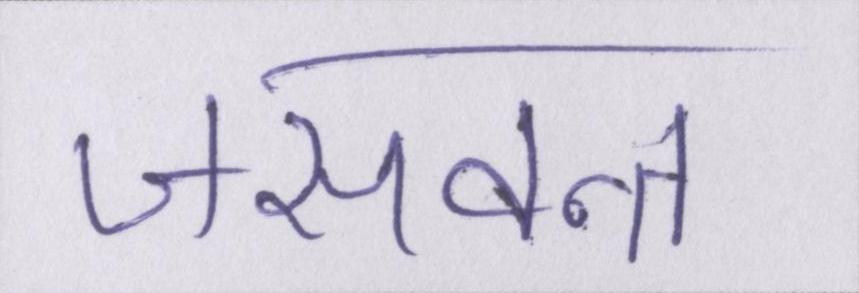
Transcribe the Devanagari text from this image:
जसवन्त